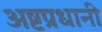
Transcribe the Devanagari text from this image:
अष्टप्रधानी